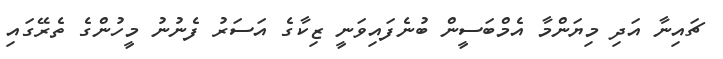
ޗައިނާ އަދި މިޔަންމާ އެމްބަސީން ބުނެފައިވަނީ ޒިކާގެ އަސަރު ފެނުނު މީހުންގެ ތެރޭގައި